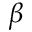
\beta